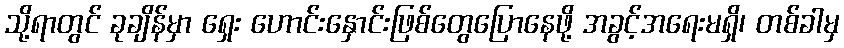
သို့ရာတွင် ခုချိန်မှာ ရှေး ဟောင်းနှောင်းဖြစ်တွေပြောနေဖို့ အခွင့်အရေးမရှိ၊ တစ်ခါမှ